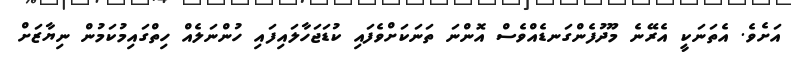
އަށެވެ. އެތަނަކީ އެރޭނެ މޫދުފެންގަނޑެއްވެސް އޮންނަ ތަނަކަށްވެފައި ކުޑަޖަހާލައިފައި ހުންނަލެއް ހިތްގައިމުކަމުން ނިޔާޒަށް